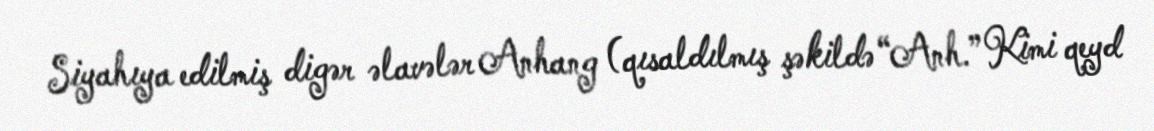
Siyahıya edilmiş digər əlavələr Anhang (qısaldılmış şəkildə “Anh.” Kimi qeyd